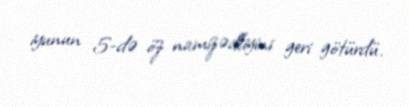
iyunun 5-də öz namizədliyini geri götürdü.